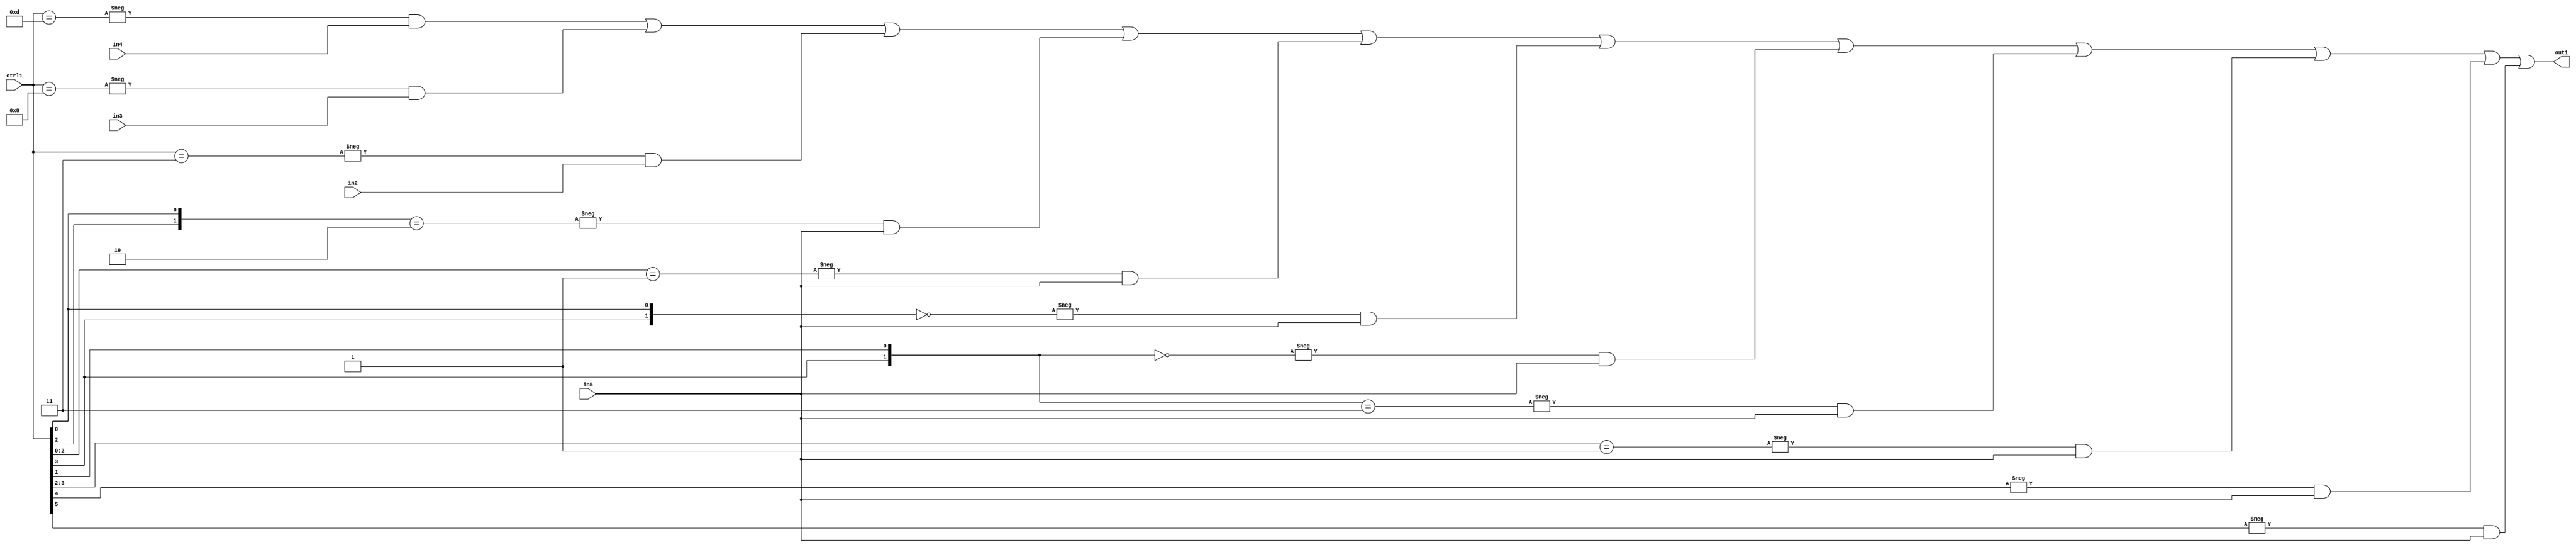
`timescale 1ps / 1ps
/*****************************************************************************
    Verilog RTL Description
    
    
    Created by: Stratus DpOpt 21.05.01 
*******************************************************************************/

module SobelFilter_N_Mux_32_4_40_1 (
	in5,
	in4,
	in3,
	in2,
	ctrl1,
	out1
	); /* architecture "behavioural" */ 
input [31:0] in5;
input [8:0] in4,
	in3,
	in2;
input [5:0] ctrl1;
output [31:0] out1;
wire [31:0] asc001;

assign asc001 = 
	-{ctrl1 == 6'B001101} & in4 |
	-{ctrl1 == 6'B001000} & in3 |
	-{ctrl1 == 6'B000011} & in2 |
	-{{ctrl1[2], ctrl1[0]} == 2'B10} & in5 |
	-{ctrl1[2:0] == 3'B001} & in5 |
	-{{ctrl1[3], ctrl1[0]} == 2'B00} & in5 |
	-{{ctrl1[3], ctrl1[1]} == 2'B00} & in5 |
	-{{ctrl1[3], ctrl1[1]} == 2'B11} & in5 |
	-{ctrl1[3:2] == 2'B01} & in5 |
	-{ctrl1[4] == 1'B1} & in5 |
	-{ctrl1[5] == 1'B1} & in5 ;

assign out1 = asc001;
endmodule

/* CADENCE  vbH0Tgs= : u9/ySxbfrwZIxEzHVQQV8Q== ** DO NOT EDIT THIS LINE ******/